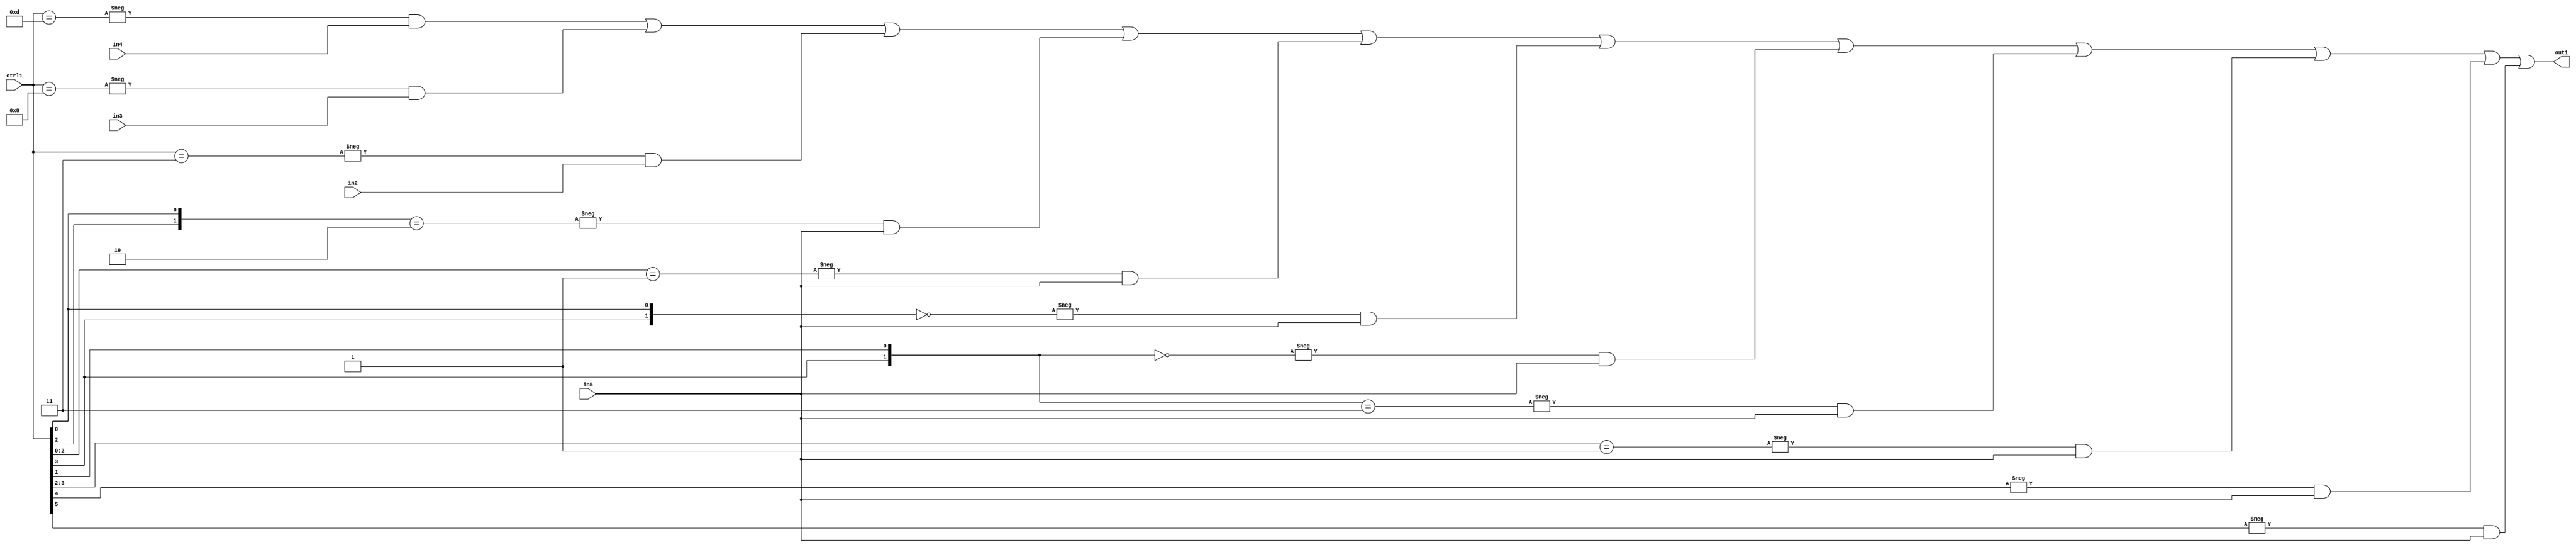
`timescale 1ps / 1ps
/*****************************************************************************
    Verilog RTL Description
    
    
    Created by: Stratus DpOpt 21.05.01 
*******************************************************************************/

module SobelFilter_N_Mux_32_4_40_1 (
	in5,
	in4,
	in3,
	in2,
	ctrl1,
	out1
	); /* architecture "behavioural" */ 
input [31:0] in5;
input [8:0] in4,
	in3,
	in2;
input [5:0] ctrl1;
output [31:0] out1;
wire [31:0] asc001;

assign asc001 = 
	-{ctrl1 == 6'B001101} & in4 |
	-{ctrl1 == 6'B001000} & in3 |
	-{ctrl1 == 6'B000011} & in2 |
	-{{ctrl1[2], ctrl1[0]} == 2'B10} & in5 |
	-{ctrl1[2:0] == 3'B001} & in5 |
	-{{ctrl1[3], ctrl1[0]} == 2'B00} & in5 |
	-{{ctrl1[3], ctrl1[1]} == 2'B00} & in5 |
	-{{ctrl1[3], ctrl1[1]} == 2'B11} & in5 |
	-{ctrl1[3:2] == 2'B01} & in5 |
	-{ctrl1[4] == 1'B1} & in5 |
	-{ctrl1[5] == 1'B1} & in5 ;

assign out1 = asc001;
endmodule

/* CADENCE  vbH0Tgs= : u9/ySxbfrwZIxEzHVQQV8Q== ** DO NOT EDIT THIS LINE ******/